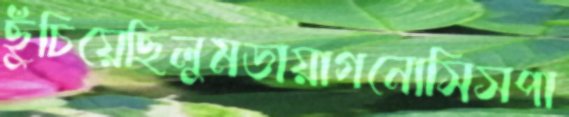
ছুঁচিয়েছিলুমডায়াগনোসিসপা